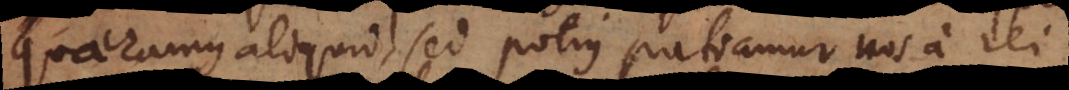
quaeramus aliquid, sed potius patiamur nos a rei